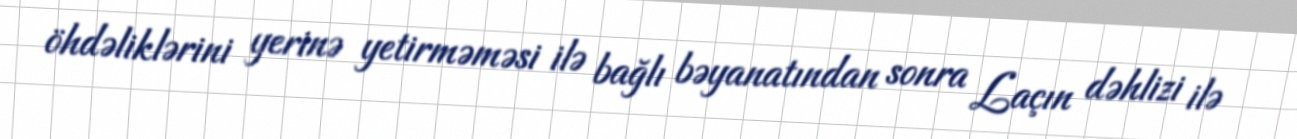
öhdəliklərini yerinə yetirməməsi ilə bağlı bəyanatından sonra Laçın dəhlizi ilə